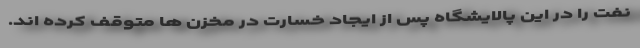
نفت را در این پالایشگاه پس از ایجاد خسارت در مخزن ها متوقف کرده اند.